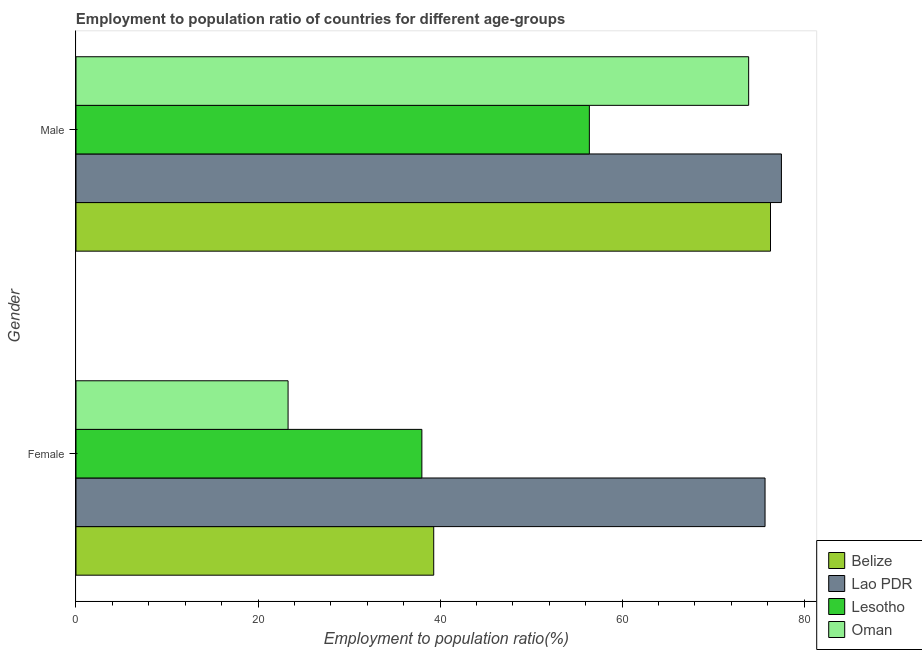
| Gender | Belize | Lao PDR | Lesotho | Oman |
 | --- | --- | --- | --- | --- |
 | Female | 39.3 | 75.7 | 38 | 23.3 |
 | Male | 76.3 | 77.5 | 56.4 | 73.9 |